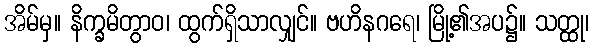
အိမ်မှ။ နိက္ခမိတွာဝ၊ ထွက်ရှိသာလျှင်။ ဗဟိနဂရေ၊ မြို့၏အပ၌။ သတ္ထု၊